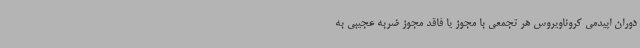
دوران اپیدمی کروناویروس هر تجمعی با مجوز یا فاقد مجوز ضربه عجیبی به